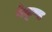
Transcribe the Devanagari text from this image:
बैकुण्ड